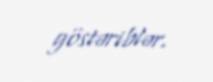
göstəriblər.